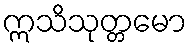
ဣသိသုတ္တမော